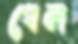
খেল